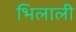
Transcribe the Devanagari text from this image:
भिलाली